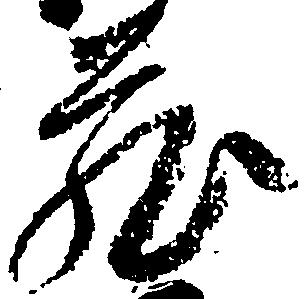
蔵